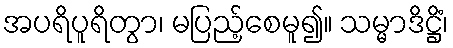
အပရိပူရိတွာ၊ မပြည့်စေမူ၍။ သမ္မာဒိဋ္ဌိံ၊